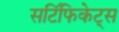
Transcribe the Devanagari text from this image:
सटि॔फिकेट्स